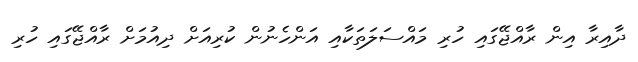
ދާއިރާ އިން ރާއްޖޭގައި ހުރި މައްސަލަތަކާއި އަންހެނުން ކުރިއަށް ދިއުމަށް ރާއްޖޭގައި ހުރި